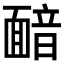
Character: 𩈴